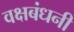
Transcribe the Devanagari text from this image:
वक्षबंधनी